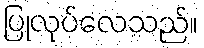
ပြုလုပ်လေသည်။